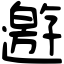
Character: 𨘋